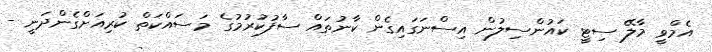
އެމްވީ މާލޭ ސިޓީ ކައުންސިލުން އިސްނަގައިގެން ކާނުތައް ސާފުކުރުމުގެ މަސައްކަތް ކުރިއަށްގެންދަނީ -